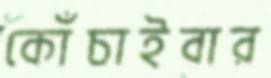
কোঁচাইবার